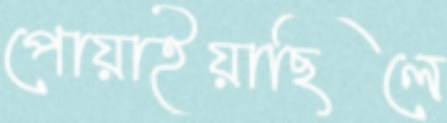
পোয়াইয়াছিলে